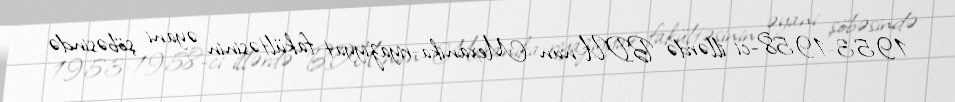
1953-1958-ci illərdə BDU-nun Mexanika-riyaziyyat fakültəsinin əyani şöbəsində